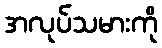
အလုပ်သမားကို